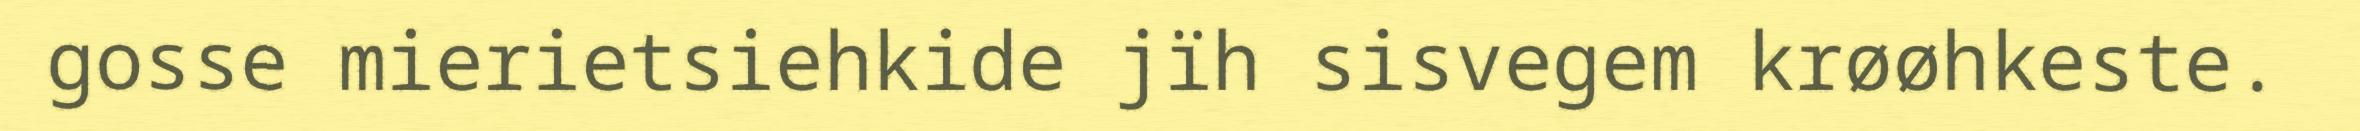
gosse mierietsiehkide jïh sisvegem krøøhkeste.